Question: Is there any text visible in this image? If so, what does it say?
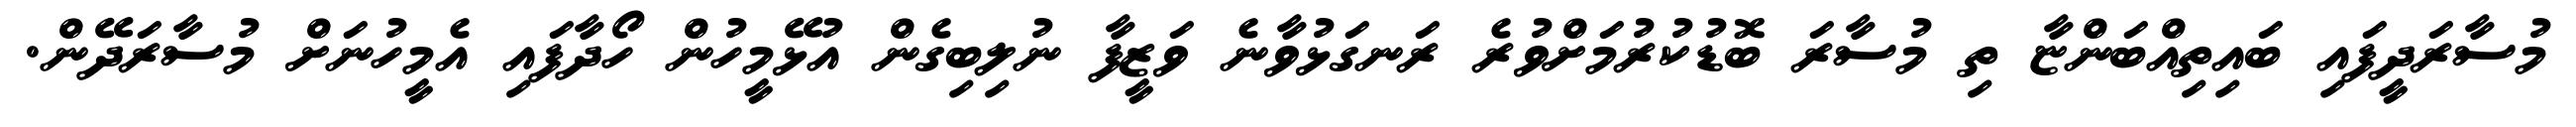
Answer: މުސާރަދީފައި ބައިތިއްބަންޏާ ތި މުސާރަ ބޮޑުކުރުމަށްވުރެ ރަނގަޅުވާނެ ވަޒީފާ ނުލިބިގެން އުޅޭމީހުން ހޯދާފައި އެމީހުނަށް މުސާރަދޭން.